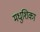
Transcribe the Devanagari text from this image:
मधुशिका